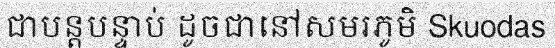
ជាបន្តបន្ទាប់ ដូចជានៅសមរភូមិ Skuodas